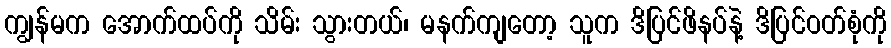
ကျွန်မက အောက်ထပ်ကို သိမ်း သွားတယ်၊ မနက်ကျတော့ သူက ဒိပြင်ဖိနပ်နဲ့ ဒိပြင်ဝတ်စုံကို